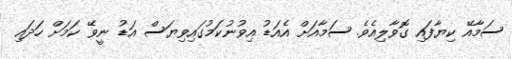
ސަމާއޭ ކިޔާފައި ގޮވާލިއެވެ. ސަމާއަށް އެއަޑު އިވުނުކަމުގައިވިޔަސް އަޑު ނީވޭ ކަމަށް ހަދައި